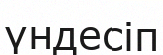
үндесіп